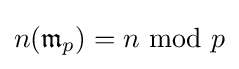
n({\mathfrak {m}}_{p})=n\ {\text{mod}}\ p